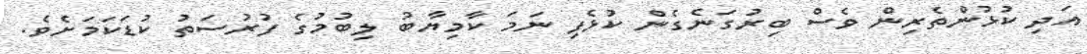
އަދި ކުޅުންތެރިން ވެސް ބިރުގަނެގެން ކުޅެފި ނަމަ ކާމިޔާބު ލިބުމުގެ ފުރުސަތު ކުޑަކަމަށެވެ.